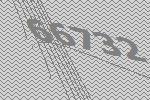
66732